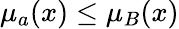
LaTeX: \mu_{a}(x)\leq\mu_{B}(x)